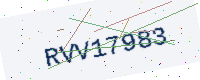
Text: RVV17983